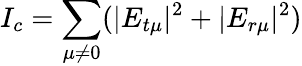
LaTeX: I_{c}=\sum_{\mu\neq 0}(|E_{t\mu}|^{2}+|E_{r\mu}|^{2})